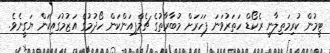
ޓިީމުން ކުރިމަތިލާނީ ރެކޯޑް ހަތަރުވަނަ ފަހަަރަށް މުބާރާތުގެ ޗެމްޕިއަންކަން ހޯދުމުގެ އަޒުމުގައިކަން ޔަގީނެވެ.